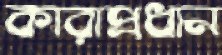
কারাপ্রধান